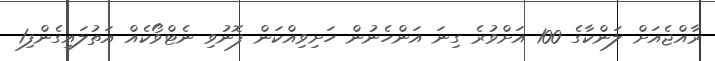
ރާއްޖެއަށް ލަންކާގެ 100 އަށްވުރެ ގިނަ އަންހެނުން ހަށިވިއްކަން ފޮނުވި ނެޓްވޯކެއް އަތުލައިގެންފި1